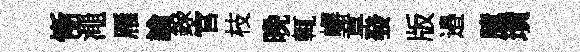
慚澠雁諭錄官枝晚輒嶰章發版邉臆璜